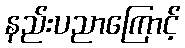
နည်းပညာကြောင့်